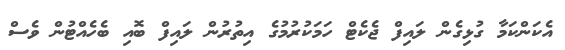
އެކަންކަމާ ގުޅިގެން ލައިފް ޖެކެޓް ހަމަކުރުމުގެ އިތުރުން ލައިފް ބޮއި ބެހެއްޓުން ވެސް